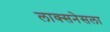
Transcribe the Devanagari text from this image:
लाक्सनेसला